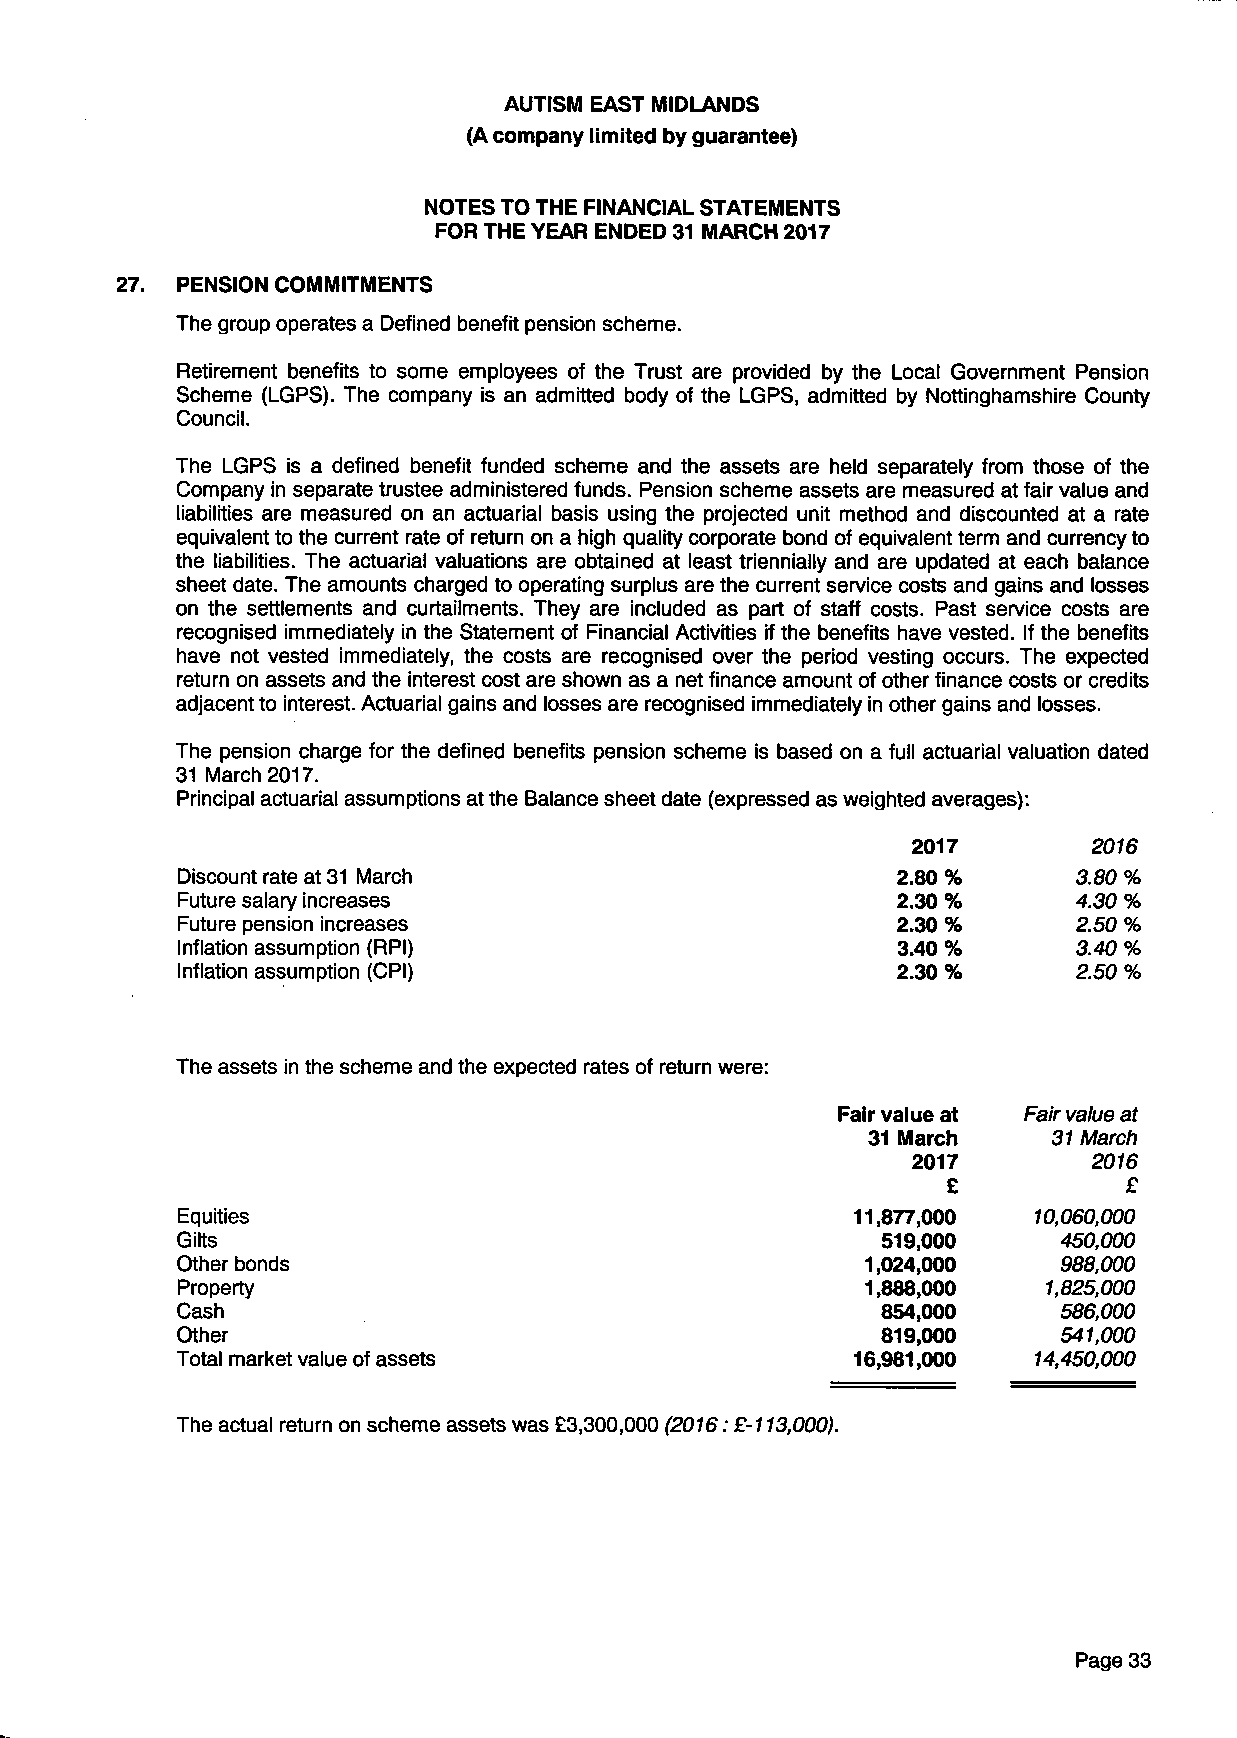
AUTISM EAST MIDLANDS
 (A company limited by guarantee)
 NOTES TO THE FINANCIAL STATEMENTS
 FOR THE YEAR ENDED 31 MARCH 2017
 PENSION COMMITMENTS
 The group operates a Defined benefit pension scheme.
 Retirement benefits to some employees of the Trust are provided by the Local Government Pension
 Scheme (LGPS). The company is an admitted body of the LGPS, admitted by Nottinghamshire County
 Council.
 The LGPS is a defined benefit funded scheme and the assets are held separately from those of the
 Company in separate trustee administered funds. Pension scheme assets are measured at fair value and
 liabilities are measured on an actuarial basis using the projected unit method and discounted at a rate
 equivalent to the current rate of return on a high quality corporate bond of equivalent term and currency to
 the liabilities. The actuarial valuations are obtained at least triennially and are updated at each balance
 sheet date. The amounts charged to operating surplus are the current service costs and gains and losses
 on the settlements and curtailments. They are included as part of staff costs. Past service costs are
 recognised immediately in the Statement of Financial Activities if the benefits have vested. If the benefits
 have not vested immediately, the costs are recognised over the period vesting occurs. The expected
 return on assets and the interest cost are shown as a net finance amount of other finance costs or credits
 adjacent to interest. Actuarial gains and losses are recognised immediately in other gains and losses.
 The pension charge for the defined benefits pension scheme is based on a full actuarial valuation dated
 31 March 2017.
 Principal actuarial assumptions at the Balance sheet date (expressed as weighted averages):
 2017        2016
 Discount rate at 31 March                      2.80 %      3.80%
 Future salary increases                        2.30%       4.30 %
 Future pension increases                       2.30%       2.50 %
 Inflation assumption (RPI)                     3.40 %      3.40 %
 Inflation assumption (CPI)                     2.30%       2.50%
 The assets in the scheme and the expected rates of return were:
 Fair value at Fair value at
 31 March     31 March
 2017        2016
 £           £
 Equities                                    11,877,000  10,060,000
 Gilts                                         519,000     450,000
 Other bonds                                  1,024,000    988,000
 Property                                     1,888,000   1,825,000
 Cash                                          854,000     586,000
 Other                                         819,000     541,000
 Total market value of assets                16,981,000  14,450,000
 The actual return on scheme assets was £3,300,000 (2016: £-113,000).
 Page 33